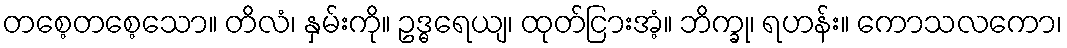
တစေ့တစေ့သော။ တိလံ၊ နှမ်းကို။ ဥဒ္ဓရေယျ၊ ထုတ်ငြားအံ့။ ဘိက္ခု၊ ရဟန်း။ ကောသလကော၊